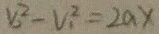
V _ { 2 } ^ { 2 } - V _ { 1 } ^ { 2 } = 2 a x